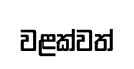
වළක්වත්